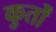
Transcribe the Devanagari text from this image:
कुर्तों